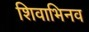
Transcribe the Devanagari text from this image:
शिवाभिनव